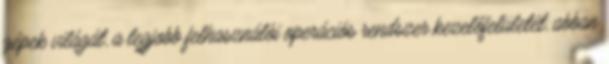
gépek világát, a legjobb felhasználói operációs rendszer kezelőfelületét, abban